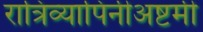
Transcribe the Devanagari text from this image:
रात्रिव्यापिनीअष्टमी